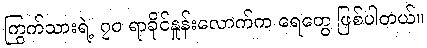
ကြွက်သားရဲ့ ၇၀ ရာခိုင်နှုန်းလောက်က ရေတွေ ဖြစ်ပါတယ်။